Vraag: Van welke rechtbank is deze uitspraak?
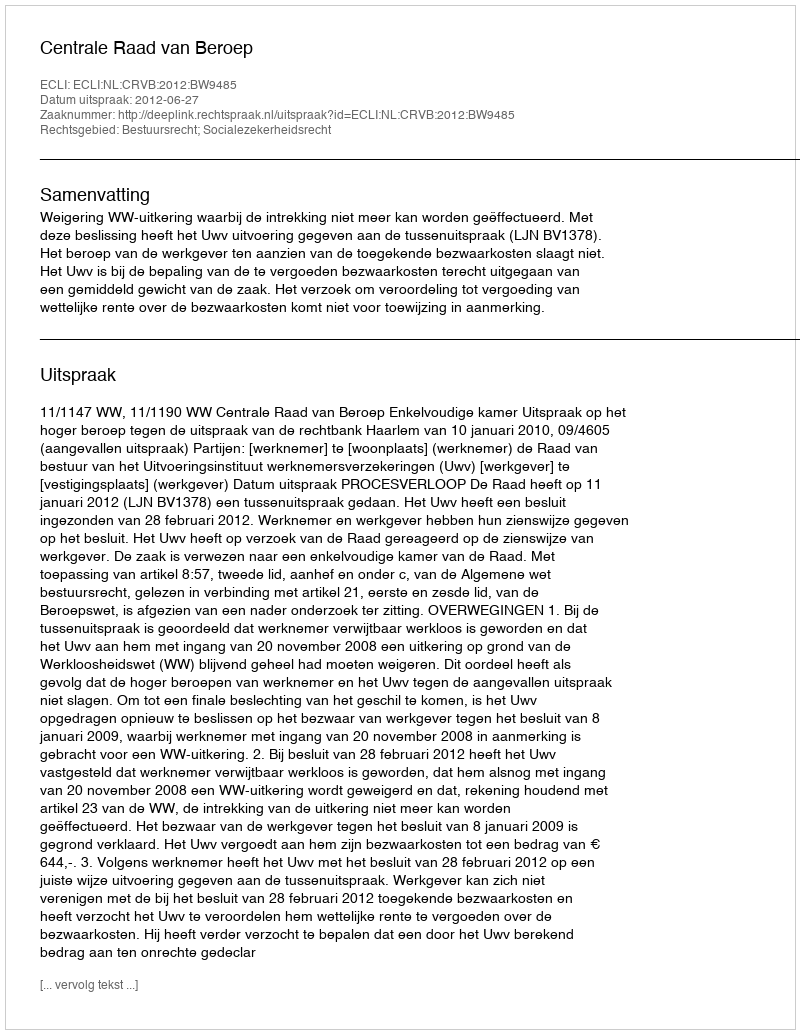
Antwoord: Centrale Raad van Beroep